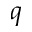
q